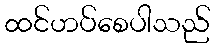
ထင်ဟပ်စေပါသည်